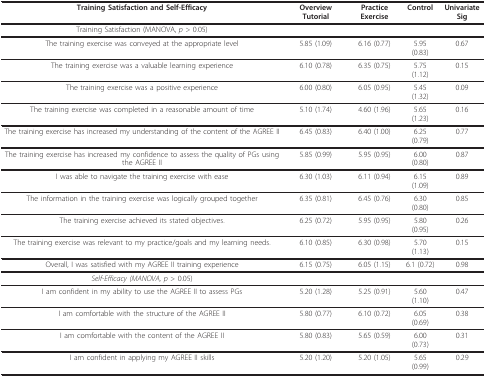
| Training Satisfaction and Self-Efficacy | Overview Tutorial | Practice Exercise | Control | Univariate Sig |
 | --- | --- | --- | --- | --- |
 | Training Satisfaction (MANOVA, p > 0.05) |  |  |  |  |
 | The training exercise was conveyed at the appropriate level | 5.85 (1.09) | 6.16 (0.77) | 5.95 (0.83) | 0.67 |
 | The training exercise was a valuable learning experience | 6.10 (0.78) | 6.35 (0.75) | 5.75 (1.12) | 0.15 |
 | The training exercise was a positive experience | 6.00 (0.80) | 6.05 (0.95) | 5.45 (1.32) | 0.09 |
 | The training exercise was completed in a reasonable amount of time | 5.10 (1.74) | 4.60 (1.96) | 5.65 (1.23) | 0.16 |
 | The training exercise has increased my understanding of the content of the AGREE II | 6.45 (0.83) | 6.40 (1.00) | 6.25 (0.79) | 0.77 |
 | The training exercise has increased my confidence to assess the quality of PGs using the AGREE II | 5.85 (0.99) | 5.95 (0.95) | 6.00 (0.80) | 0.87 |
 | I was able to navigate the training exercise with ease | 6.30 (1.03) | 6.11 (0.94) | 6.15 (1.09) | 0.89 |
 | The information in the training exercise was logically grouped together | 6.35 (0.81) | 6.45 (0.76) | 6.30 (0.80) | 0.85 |
 | The training exercise achieved its stated objectives. | 6.25 (0.72) | 5.95 (0.95) | 5.80 (0.95) | 0.26 |
 | The training exercise was relevant to my practice/goals and my learning needs. | 6.10 (0.85) | 6.30 (0.98) | 5.70 (1.13) | 0.15 |
 | Overall, I was satisfied with my AGREE II training experience | 6.15 (0.75) | 6.05 (1.15) | 6.1 (0.72) | 0.98 |
 | Self-Efficacy (MANOVA, p > 0.05) |  |  |  |  |
 | I am confident in my ability to use the AGREE II to assess PGs | 5.20 (1.28) | 5.25 (0.91) | 5.60 (1.10) | 0.47 |
 | I am comfortable with the structure of the AGREE II | 5.80 (0.77) | 6.10 (0.72) | 6.05 (0.69) | 0.38 |
 | I am comfortable with the content of the AGREE II | 5.80 (0.83) | 5.65 (0.59) | 6.00 (0.73) | 0.31 |
 | I am confident in applying my AGREE II skills | 5.20 (1.20) | 5.20 (1.05) | 5.65 (0.99) | 0.29 |